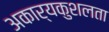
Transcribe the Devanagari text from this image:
अकार्यकुशलता